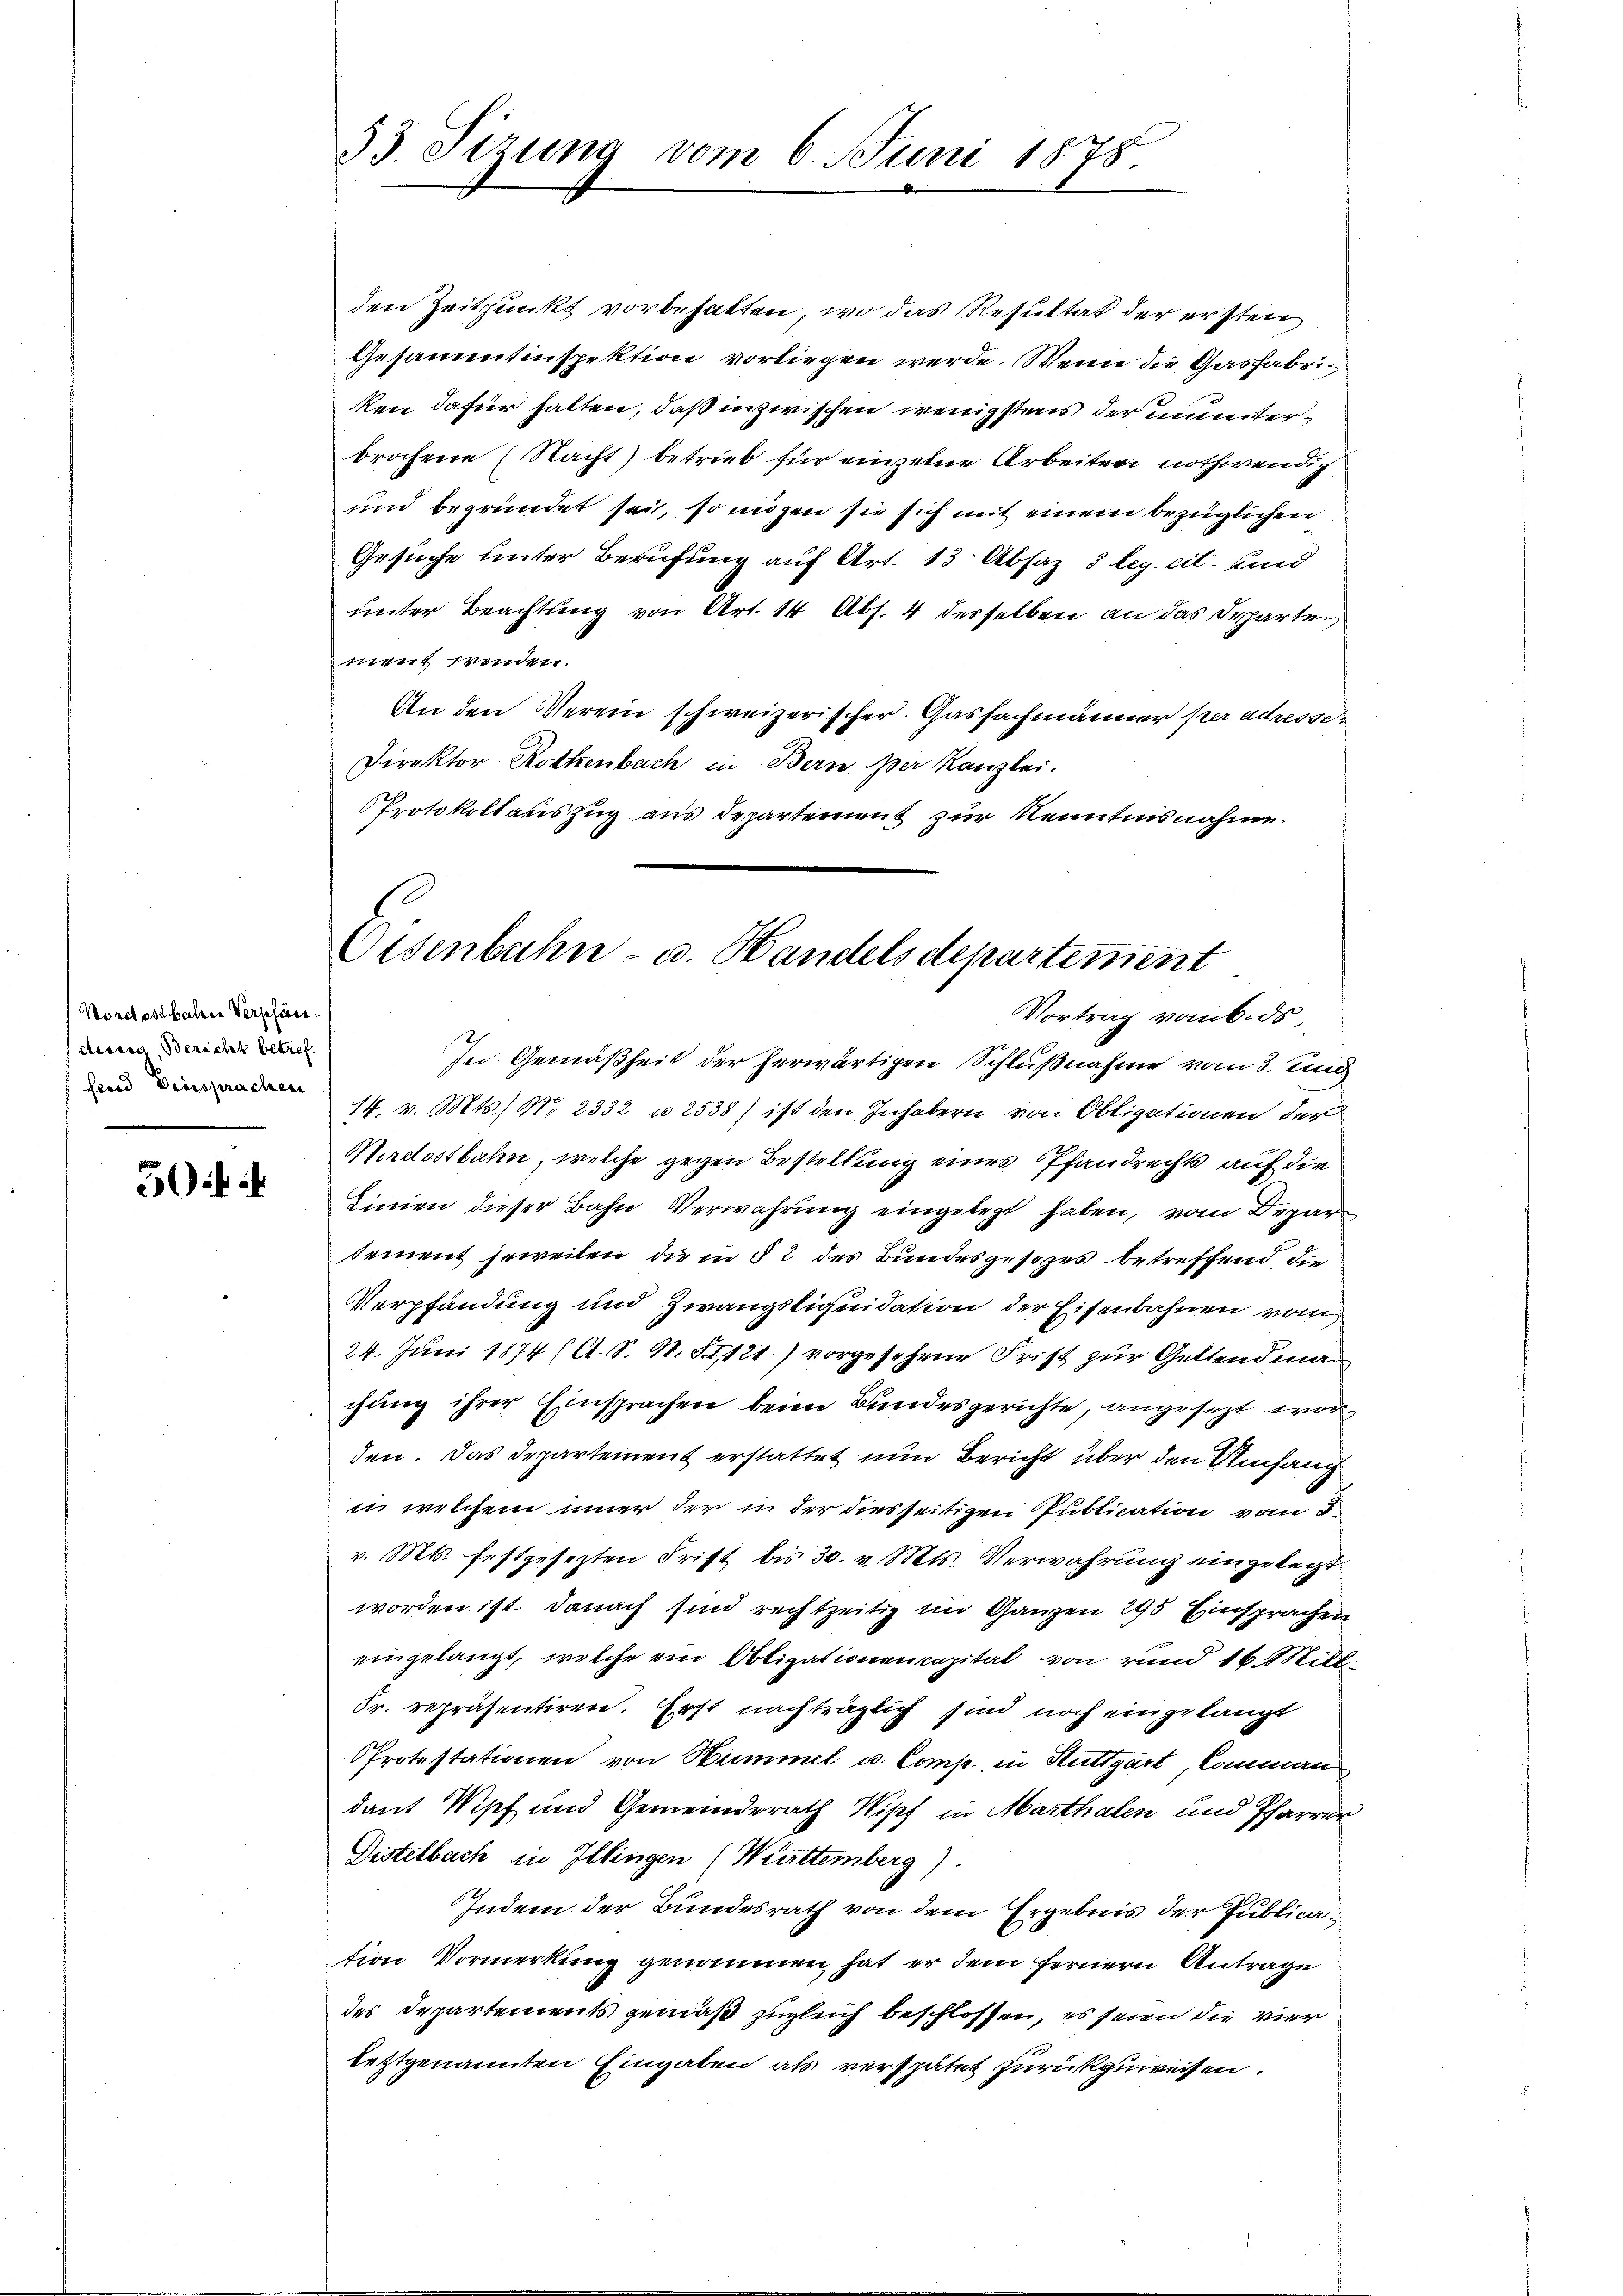
Korctosthalere Verschöne
derig, Bericht betrefferd Diessprechen

50f

53. Sezung vom 6. Juni 1878.

den Zeitpunkt vorbehalten, wo das Resultat der ersten
Gesammtinspektion vorliegen werde. Wenn die Gasfabriken dafür halten, daß inzwischen wenigstens der munterbrochene (Nacht) betrieb für einzelne Arbeiten nothwendig
und begründet sei, so mögen sie sich mit einem bezüglichen
Gesuche unter Berufung auf Art. 13 Absaz 3 leg. cit. und
unter Beachtung von Art. 14 Abs. 4 desselben an das Departen,
ment wenden.
An den Verein schweizerischer. Gasfachmänner per adresse¬
Direktor Rothenbach in Bern per Kanzlei.
Protokollauszug aus Departement zur Kenntnisnahme.

Oisenbahn- u. Handels departement
Vortrag vom 6. ds.

In Gemäßheit der herwärtigen Schlußnahme vom 3. und
14. v. Mts. S. 2332 u. 2538) ist den Inhabern von Obligationen der
Mirdostbahn, welche gegen Bestellung eines Pfandrechts auf die
Linien dieser Bahn Verwahrung eingelegt haben, vom Deparsement jeweilen, die in § 2 des Bundesgesezes betreffend, die
Verpfändung und Zwangsliquidation der Eisenbahnen vom
24. Juni 1874 (A. S. N. 1121.) vorgesehene Frist zur Geltendma
chung ihrer Einsprachen beim Bundesgerichte, angesezt wor
den. Das Departement erstattet nun Bericht über den Umfang
in welchem inner der in der diesseitigen Publication vom 8.
v. Mts. festgesezten Frist bis 30. v. Mts. Verwahrung eingelegt.
worden ist. Danach sind rechtzeitig im Ganzen 295 Einsprachen
eingelangt, welche ein Obligationencapital von rund 16. Mill
Fr. repräsentiren. Erst nachträglich sind noch eingelangt
PProtestationen von Hummel u. Comp. in Stuttgart, Commen
dant Wipf und Gemeinderath Wipf in Marthalen und Pfarrer
Distelbach in Illingen (Wettemberg)
Indem der Bundesrath von dem Ergebnis der Publication Vormerkung genommen, hat er dem fernern Antrage
des Departements gemäß zugleich beschlossen, es seien die vier
letztgenannten Eingaben als verspätet zurückzuweisen.